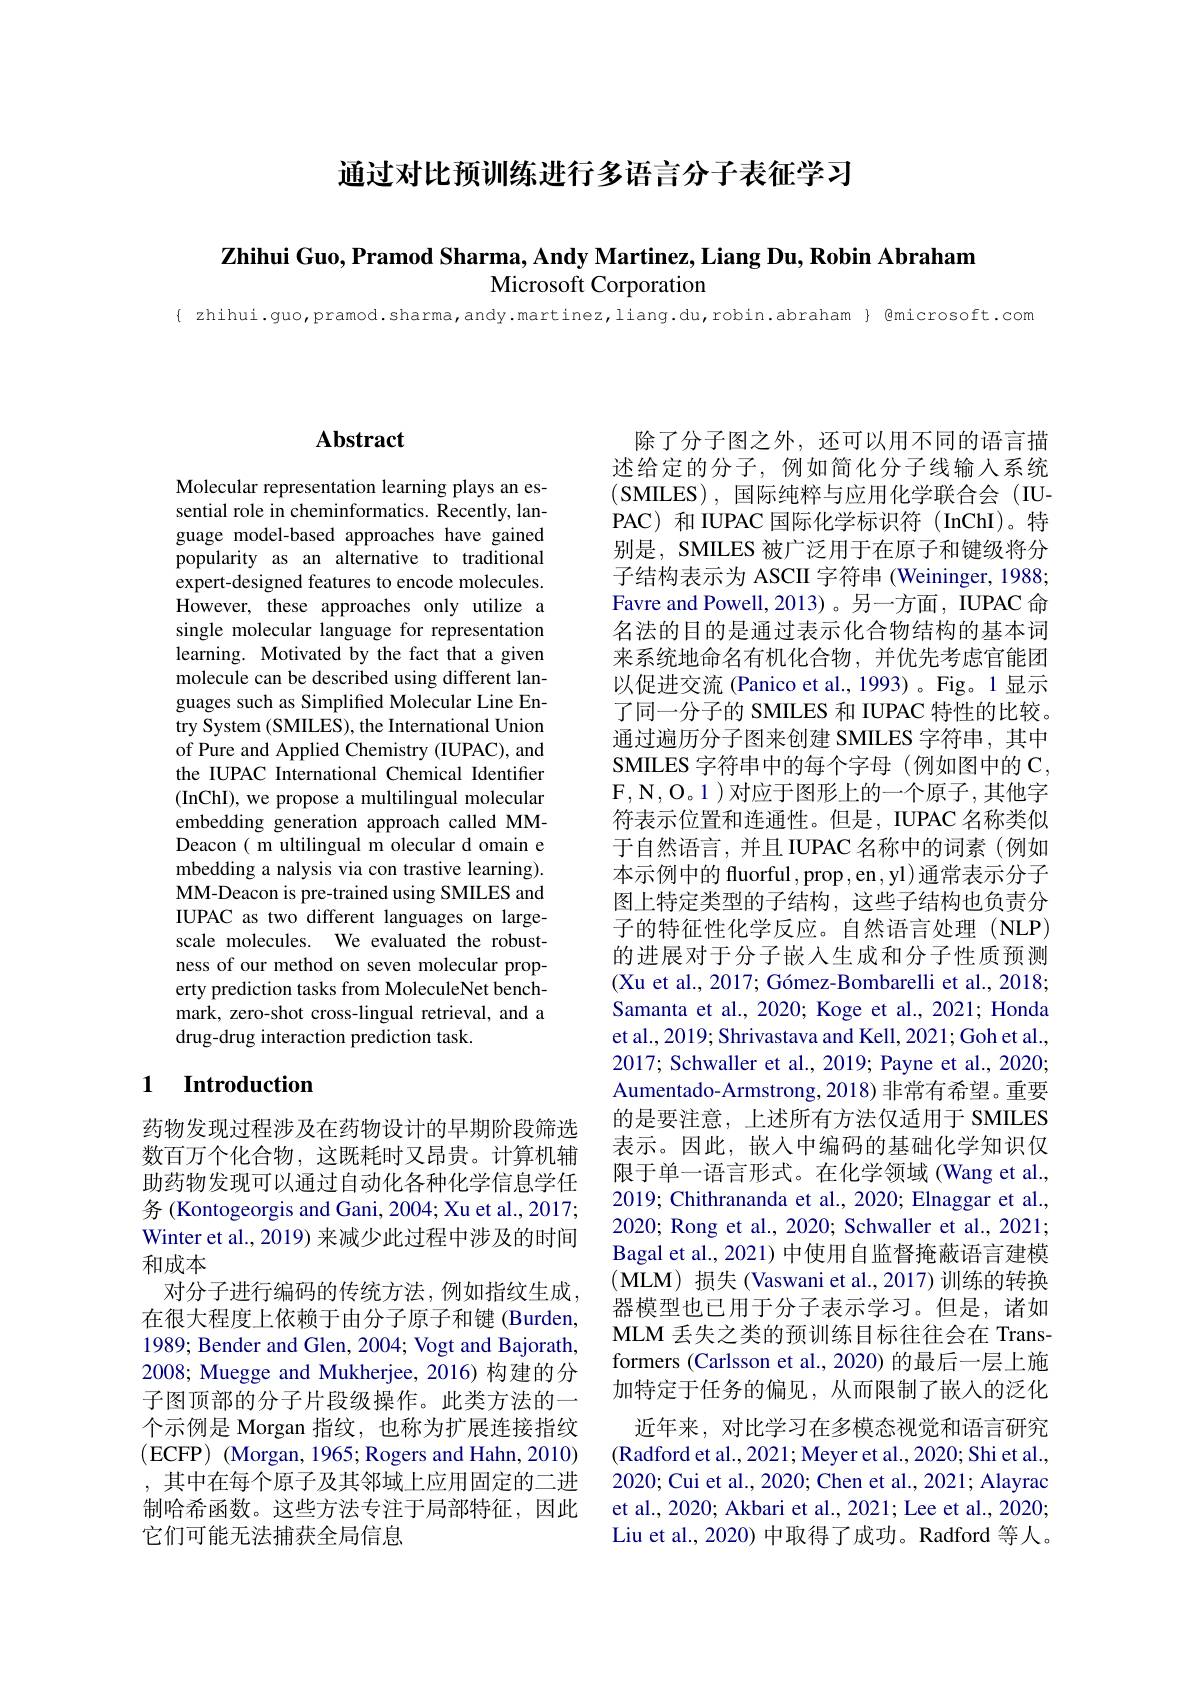
通过对比预训练进行多语言分子表征学习

$\mathbf{Zhihui~Guo,Pramod~Sharma,~Andy~Martinez,~Liang~Du,~Robin~Abraham}$

Microsoft Corporation

{ zhihui.guo,pramod.sharma,andy.martinez,liang.du,robin.abraham} { @microsoft.com

## $\mathbf{Abstract}$

Molecular representation learning plays an essential role in cheminformatics. Recently, language model-based approaches have gained popularity as an alternative to traditional expert-designed features to encode molecules. However, these approaches only utilize a single molecular language for representation learning. Motivated by the fact that a given molecule can be described using different languages such as Simplified Molecular Line Entry System (SMILES), the International Union of Pure and Applied Chemistry (IUPAC), and the IUPAC International Chemical Identifier (InChI), we propose a multilingual molecular embedding generation approach called MMDeacon ( m ultilingual m olecular d omain e mbedding a nalysis via con trastive learning). MM-Deacon is pre-trained using SMILES and IUPAC as two different languages on largescale molecules. We evaluated the robustness of our method on seven molecular property prediction tasks from MoleculeNet benchmark, zero-shot cross-lingual retrieval, and a drug-drug interaction prediction task.

## 1 Introduction

药物发现过程涉及在药物设计的早期阶段筛选数百万个化合物，这既耗时又昂贵。计算机辅助药物发现可以通过自动化各种化学信息学任务 (Kontogeorgis and Gani, 2004; Xu et al., 2017; Winter et al., 2019) 来减少此过程中涉及的时间和成本
对分子进行编码的传统方法，例如指纹生成， 在很大程度上依赖于由分子原子和键 (Burden, 1989; Bender and Glen, 2004; Vogt and Bajorath, 2008; Muegge and Mukherjee, 2016) 构建的分子图顶部的分子片段级操作。此类方法的一个示例是 Morgan 指纹，也称为扩展连接指纹(ECFP)(Morgan, 1965; Rogers and Hahn, 2010) ,其中在每个原子及其邻域上应用固定的二进制哈希函数。这些方法专注于局部特征，因此它们可能无法捕获全局信息

除了分子图之外，还可以用不同的语言描述给定的分子，例如简化分子线输人系统(SMILES),国际纯粹与应用化学联合会(IUPAC)和 IUPAC 国际化学标识符 (InChI)。特别是，SMILES 被广泛用于在原子和键级将分子结构表示为 ASCII 字符串 (Weininger, 1988; Favre and Powell, 2013)。另一方面，IUPAC 命名法的目的是通过表示化合物结构的基本词来系统地命名有机化合物，并优先考虑官能团以促进交流 (Panico et al., 1993) 。Fig。1 显示了同一分子的 SMILES 和 IUPAC 特性的比较。通过遍历分子图来创建 SMILES 字符串，其中SMILES 字符串中的每个字母 (例如图中的 C, $\mathbf{F},\mathbf{N},\mathbf{O}。1)$ 对应于图形上的一个原子，其他字符表示位置和连通性。但是，IUPAC 名称类似于自然语言，并且IUPAC 名称中的词素(例如本示例中的 fluorful ,prop ,en ,yl)通常表示分子图上特定类型的子结构，这些子结构也负责分子的特征性化学反应。自然语言处理(NLP) 的进展对于分子嵌入生成和分子性质预测(Xu et al., 2017; Gómez-Bombarelli et al., 2018; Samanta et al., 2020; Koge et al., 2021; Honda et al., 2019; Shrivastava and Kell, 2021; Goh et al. 2017; Schwaller et al., 2019; Payne et al., 2020; Aumentado-Armstrong, 2018) 非常有希望。重要的是要注意，上述所有方法仅适用于 SMILES 表示。因此，嵌人中编码的基础化学知识仅限于单一语言形式。在化学领域(Wang et al., 2019; Chithrananda et al., 2020; Elnaggar et al., 2020; Rong et al., 2020; Schwaller et al., 2021; Bagal et al., 2021) 中使用自监督掩蔽语言建模(MLM)损失(Vaswani et al.,2017)训练的转换器模型也已用于分子表示学习。但是，诸如MLM 丢失之类的预训练目标往往会在 Transformers (Carlsson et al., 2020) 的最后一层上施加特定于任务的偏见，从而限制了嵌入的泛化近年来，对比学习在多模态视觉和语言研究
(Radford et al., 2021; Meyer et al., 2020; Shi et al., 2020; Cui et al., 2020; Chen et al., 2021; Alayrac et al., 2020; Akbari et al., 2021; Lee et al., 2020; Liu et al., 2020) 中取得了成功。Radford 等人。